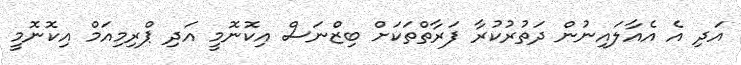
އަދި އެ އެއާލައިނުން ދަތުރުކުރާ ފަރާތްތަކަށް ބިޒްނަސް އިކޮނޮމީ އަދި ޕްރިމިއަމް އިކޮނޮމީ